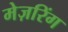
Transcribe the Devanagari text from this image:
मेज़रिंग